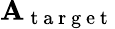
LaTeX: \mathbf{A}_{\mathrm{{~t~a~r~g~e~t~}}}